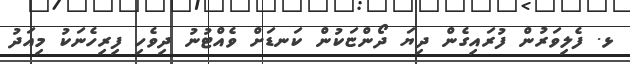
ޅ. ފެލިވަރުން ފުރައިގެން ދިޔަ ދޯންޏަކުން ކަނޑަށް ވެއްޓުނު ދިވެހި ފިރިހެނަކު މިއަދު